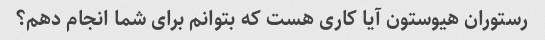
رستوران هیوستون آیا کاری هست که بتوانم برای شما انجام دهم؟